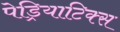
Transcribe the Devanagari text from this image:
पेड्रियाटिक्स